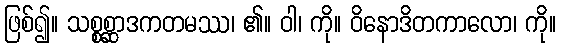
ဖြစ်၍။ သစ္စစ္ဆာဒကတမဿ၊ ၏။ ဝါ၊ ကို။ ဝိနောဒိတကာလော၊ ကို။